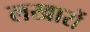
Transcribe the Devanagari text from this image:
लखारों